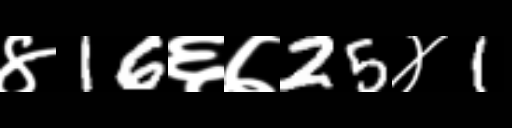
Text: ४16६७25४1